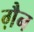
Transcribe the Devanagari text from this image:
ग़ैन